Insane asylums in Bengal annual reports 1867-1875 - 1867-1875
Year: 1867
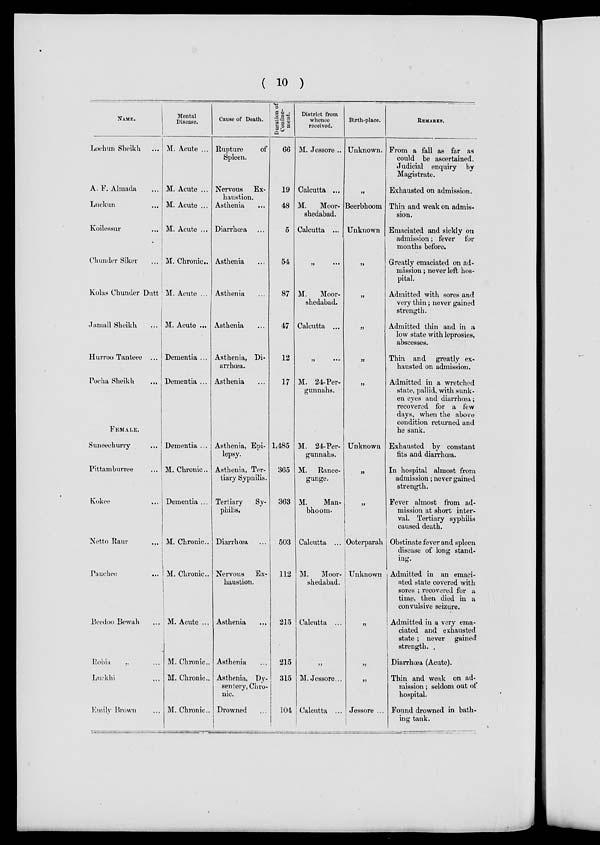
( 10 )
NAME.
Lochun Sheikh ...
A. F. Almada ...
Luckun ...
Koilessur
...
Chunder Siker ...
Kolas Chunder Dutt
Jamall Sheikh ...
Hurroo Tanteee ...
Pocha Sheikh ...
FEMALE.
Suneechurry ...
Pittamburree ...
Kokee
...
Netto Raur
...
Pauchec ...
Beedoo Bewah ...
Robin „ ...
Luckhi ...
Emily Brown ...
Mental
Disease.
M. Acute ...
M. Acute ...
M. Acute ...
M. Acute ...
M. Chronic.
M. Acute ...
M. Acute ...
Dementia ...
Dementia ...
Dementia ...
M. Chronic..
Dementia ...
M. Chronic..
M. Chronic.
M. Acute ...
M. Chronic..
M. Chronic..
M. Chronic..
Cause of Death.
Rupture
of
Spleen.
Nervous
Ex-
haustion.
Asthenia ...
Diarrhœa ...
Asthenia ...
Asthenia ...
Asthenia ...
Asthenia, Di-
arrhœa.
Asthenia ...
Asthenia, Epi-
lepsy.
Asthenia, Ter-
tiary Syphilis.
Tertiary
Sy-
philis.
Diarrhœa ...
Nervous
Ex-
haustion.
Asthenia ...
Asthenia ...
Asthenia.. Dy-
sentery, Chro-
nic.
Drowned ...
Duration of
Confine-
ment.
66
19
48
5
54
87
47
12
17
1,485
365
363
503
112
215
215
315
104
District from
whence
received.
M. Jessore ..
Calcutta ...
M.
Moor¬
shedabad.
Calcutta ...
„
...
M.
Moor¬
shedabad.
Calcutta ...
„
...
M. 24-Per-
gunnahs.
M. 24-Per¬
gunnahs.
M. Ranee¬
gunge.
M.
Man¬
bhoom.
Calcutta ...
M.
Moor¬
shedabad.
Calcutta ...
„
M. Jessore...
Calcutta ...
Birth-place.
Unknown.
„
Beerbhoom
Unknown
„
„
„
„
„
Unknown
„
„
Ooterparah
Unknown
„
„
„
Jessore ...
REMARKS.
From a fall as far as
could be ascertained.
Judicial enquiry
by
Magistrate.
Exhausted on admission.
Thin and weak on admis-
sion.
Emaciated and sickly on
admission; fever
for
months before.
Greatly emaciated on ad-
mission ; never left hos-
pital.
Admitted with sores and¬
very thin; never gained
strength.
Admitted thin and in a
low state with leprosies,
abscesses.
Thin and
greatly ex-
hausted on admission.
Admitted in a wretched
state, pallid, with sunk-
en eyes and diarrhœa;
recovered for a few
days, when the above
condition returned and
he sank.
Exhausted by constant
fits and diarrhœa.
In hospital almost from
admission; never gained
strength.
Fever almost from ad-
mission at short inter-
val. Tertiary syphilis
caused death.
Obstinate fever and spleen
disease of long stand-
ing.
Admitted in an emaci-
ated state covered with
sores ; recovered for a
time, then died in a
convulsive seizure.
Admitted in a very ema-
ciated and exhausted
state; never
gained
strength.
Diarrhœa (Acute).
Thin and weak on ad¬
mission; seldom out of
hospital.
Found drowned in bath-
ing tank.